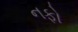
નફો